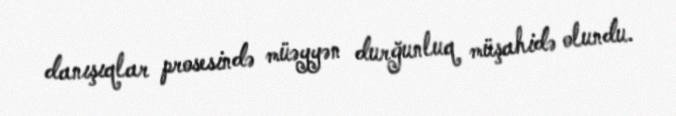
danışıqlar prosesində müəyyən durğunluq müşahidə olundu.